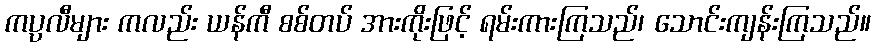
ကပ္ပလီများ ကလည်း ယန်ကီ စစ်တပ် အားကိုးဖြင့် ရမ်းကားကြသည်၊ သောင်းကျန်းကြသည်။